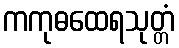
ကကုဓထေရသုတ္တံ